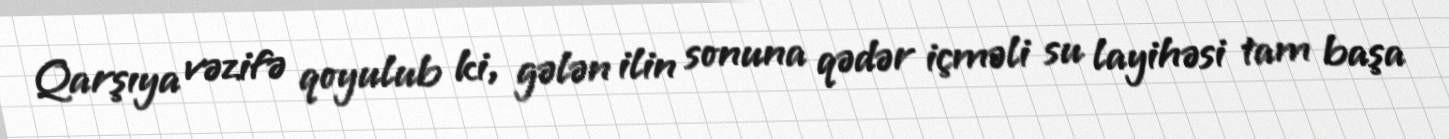
Qarşıya vəzifə qoyulub ki, gələn ilin sonuna qədər içməli su layihəsi tam başa